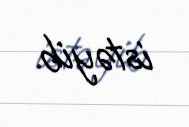
istəyib.